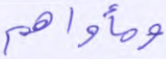
ومأواهم